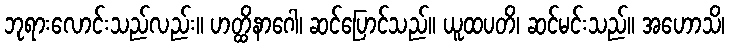
ဘုရားလောင်းသည်လည်း။ ဟတ္ထိနာဂေါ၊ ဆင်ပြောင်သည်။ ယူထပတိ၊ ဆင်မင်းသည်။ အဟောသိ၊